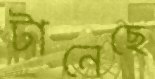
টানেছে